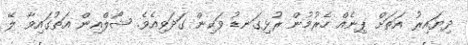
ދިޔައިރު އަތަށް ޕިނެއް ހެރުމުން ރުޅިގަނޑު ވަކިން ގަދަވިއެވެ. ޝޯލްއިން އަތުގައިވާ ލޭ